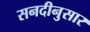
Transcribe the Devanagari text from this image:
सनदीनुसार